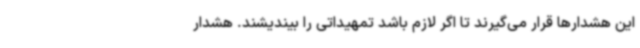
این هشدارها قرار می‌گیرند تا اگر لازم باشد تمهیداتی را بیندیشند. هشدار